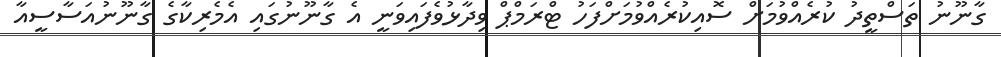
ގާނޫނު ތަސްތީދު ކުރެއްވުމަށް ސޮއިކުރެއްވުމަށްފަހު ޓްރަމްޕް ވިދާޅުވެފައިވަނީ އެ ގާނޫނުގައި އެމެރިކާގެ ގާނޫނުއަސާސީއާ